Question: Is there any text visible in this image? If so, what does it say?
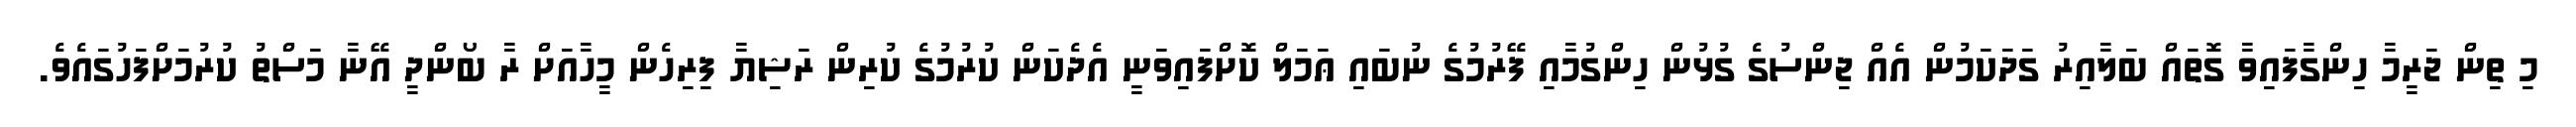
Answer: މި ތިން ޖަރީމާ ހިންގާފައިވާ ގޮތައް ބަލާއިރު ގަދަކަމުން އެއް ޖިންސުގެ ގުޅުން ހިންގުމާއި ފޭރުމުގެ ނުބައި ޢަމަލް ކޮށްފައިވަނީ އެދެކަން ކުރުމުގެ ކުރިން ރަޝިޔާ ފިރިހެން މީހާއަށް ރާ ބޯންދީ އޭނާ މަސްތު ކުރުމަށްފަހުގައެވެ.